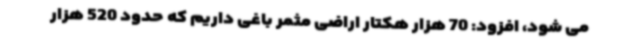
می شود، افزود: 70 هزار هکتار اراضی مثمر باغی داریم که حدود 520 هزار